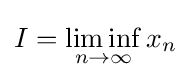
I=\liminf _{n\to \infty }x_{n}